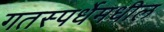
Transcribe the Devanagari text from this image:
गतस्पर्धेमधील